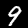
Digit: 9